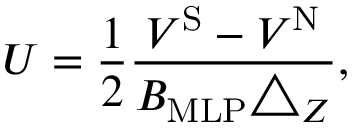
U = \frac { 1 } { 2 } \frac { V ^ { \mathrm { S } } - V ^ { \mathrm { N } } } { B _ { \mathrm { M L P } } \triangle _ { Z } } ,